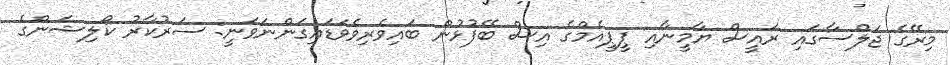
މިރޭގެ ޖަލްސާގައި ރައީސް ޔާމީނާއި ޕީޕީއެމްގެ އިސް ބޭފުޅުން ބައިވެރިވެވަޑައިގަންނަވަނީ: ސަރުކާރު ކޯލިޝަންގެ